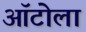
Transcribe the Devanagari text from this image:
ऑटोला